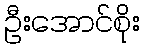
ဦးအောင်စိုး